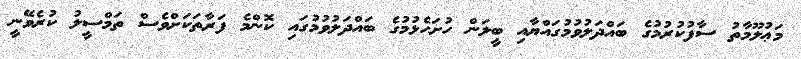
މަޢުލޫމާތު ސާފުކުރުމުގެ ބައްދަލުވުމުގައްޔާއި ބީލަން ހުށަހެޅުމުގެ ބައްދަލުވުމުގައި ކޮންމެ ފަރާތަކަށްވެސް ތަމްސީލު ކުރެވޭނީ